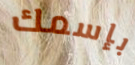
بإسمك